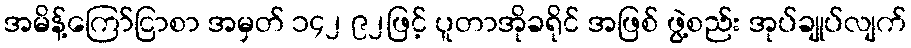
အမိန့်ကြော်ငြာစာ အမှတ် ၁၄၂ ၉၂ဖြင့် ပူတာအိုခရိုင် အဖြစ် ဖွဲ့စည်း အုပ်ချုပ်လျက်